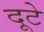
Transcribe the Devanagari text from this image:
दूटे